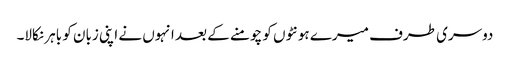
دوسری طرف میرے ہونٹوں کو چومنے کے بعد انہوں نے اپنی زبان کو باہر نکالا۔